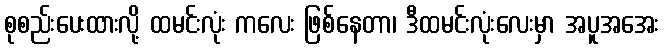
စုစည်းပေးထားလို့ ထမင်းလုံး ကလေး ဖြစ်နေတာ၊ ဒီထမင်းလုံးလေးမှာ အပူအအေး